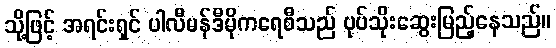
သို့ဖြင့် အရင်းရှင် ပါလီမန်ဒီမိုကရေစီသည် ပုပ်သိုးဆွေးမြည့်နေသည်။